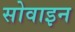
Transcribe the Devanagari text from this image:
सोवाइन